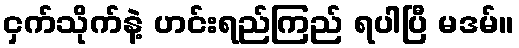
ငှက်သိုက်နဲ့ ဟင်းရည်ကြည် ရပါပြီ မဒမ်။